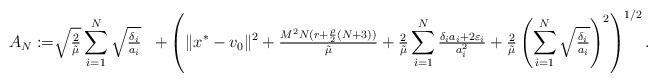
LaTeX: \begin{align*}A_N:=&\sqrt{\tfrac{2}{\tilde\mu}}\sum_{i=1}^N\sqrt{\tfrac{\delta_i}{a_i}}&+\left(\|x^*-v_0\|^2+\tfrac{ M^2N(r+\frac{\rho}{2}(N+3))}{\tilde\mu}+\tfrac{2}{\tilde\mu}\sum^N_{i=1}\tfrac{\delta_ia_i+2\varepsilon_i}{a_i^2}+\tfrac{2}{\tilde\mu}\left(\sum_{i=1}^N \sqrt{\tfrac{\delta_i}{a_i}}\right)^2\right)^{1/2}.\end{align*}